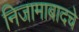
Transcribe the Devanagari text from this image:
निजामाबादचे